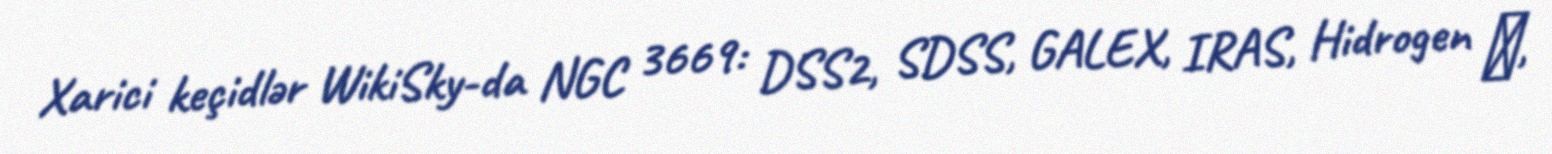
Xarici keçidlər WikiSky-da NGC 3669: DSS2, SDSS, GALEX, IRAS, Hidrogen α,